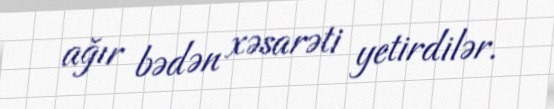
ağır bədən xəsarəti yetirdilər.